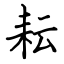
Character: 耘